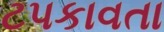
ટપકાવતા